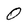
Character: 0